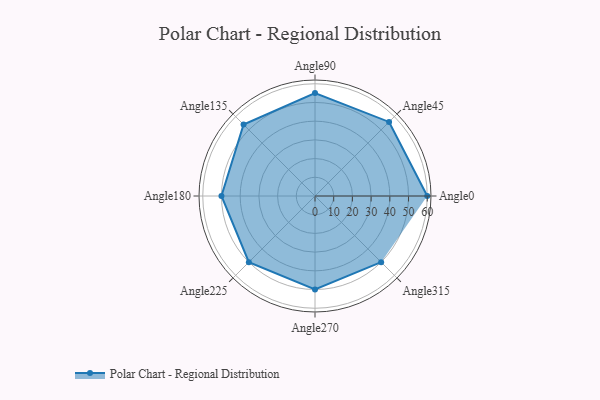
{"axis": {"x": "Angle", "y": "Radius"}, "legend": [""], "data": [{"x": "Angle0", "y": 60.0, "type": ""}, {"x": "Angle45", "y": 56.0, "type": ""}, {"x": "Angle90", "y": 55.0, "type": ""}, {"x": "Angle135", "y": 54.0, "type": ""}, {"x": "Angle180", "y": 50, "type": ""}, {"x": "Angle225", "y": 50, "type": ""}, {"x": "Angle270", "y": 50, "type": ""}, {"x": "Angle315", "y": 50, "type": ""}]}